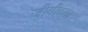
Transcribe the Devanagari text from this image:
जीबीच्या